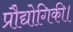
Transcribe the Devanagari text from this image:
प्रौद्योगिकी।